Sketch of the medical history of the native army of Bombay, for the year
Year: 1870
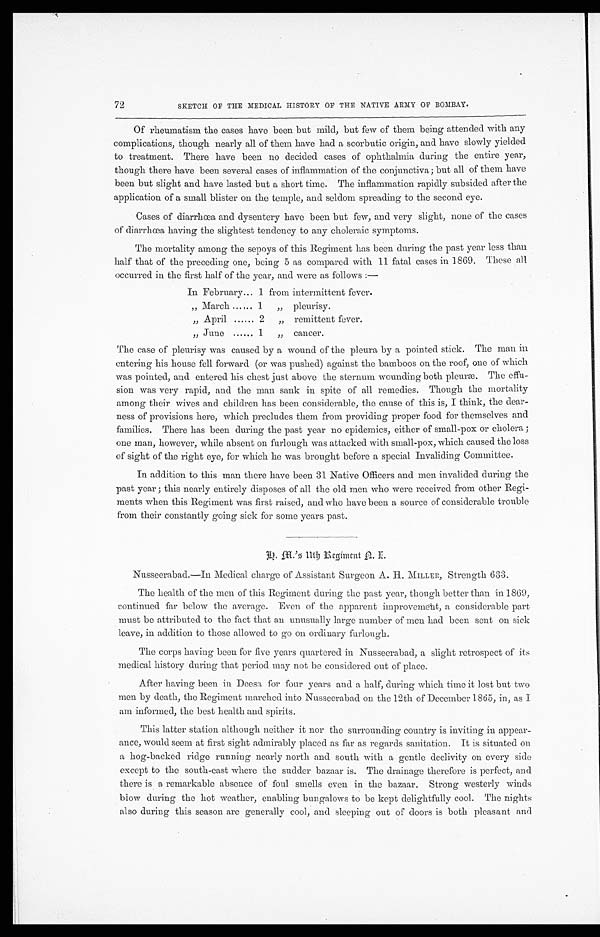
72
SKETCH OF THE MEDICAL HISTORY OP THE NATIVE ARMY OF BOMBAY.
Of rheumatism the cases have been but mild, but few of them being attended with any
complications, though nearly all of them have had a scorbutic origin, and have slowly yielded
to treatment. There have been no decided cases of ophthalmia during the entire year,
though there have been several cases of inflammation of the conjunctiva; but all of them have
been but slight and have lasted but a short time. The inflammation rapidly subsided after the
application of a small blister on the temple, and seldom spreading to the second eye.
Cases of diarrhœa and dysentery have been but few, and very slight, none of the cases
of diarrhœa having the slightest tendency to any choleraic symptoms.
The mortality among the sepoys of this Regiment has been during the past year less than
half that of the preceding one, being 5 as compared with 11 fatal cases in 1869. These all
occurred in the first half of the year, and were as follows :—
In February . . . 1 from intermittent fever.
" M a r c h . . . 1 " p l e u r i s y .
" A p r i l . . . 2 " r e mi t t e n t f e v e r .
" J u n e . . . 1 " c a n c e r .
The case of pleurisy was caused by a wound of the pleura by a pointed stick. The man in
entering his house fell forward (or was pushed) against the bamboos on the roof, one of which
was pointed, and entered his chest just above the sternum wounding both pleuræ. The effu
-sion was very rapid, and the man sank in spite of all remedies. Though the mortality
among their wives and children has been considerable, the cause of this is, I think, the dear
-ness of provisions here, which precludes them from providing proper food for themselves and
families. There has been during the past year no epidemics, either of small-pox or cholera ;
one man, however, while absent on furlough was attacked with small-pox, which caused the loss
of sight of the right eye, for which he was brought before a special Invaliding Committee.
In addition to this man there have been 31 Native Officers and men invalided during the
past year ; this nearly entirely disposes of all the old men who were received from other Regi
-ments when this Regiment was first raised, and who have been a source of considerable trouble
from their constantly going sick for some years past.
Nusseerabad.—In Medical charge of Assistant Surgeon A. H. MILLER, Strength 633.
The health of the men of this Regiment during the past year, though better than in 1869,
continued far below the average. Even of the apparent improvement, a considerable part
must be attributed to the fact that an unusually large number of men had been sent on sick
leave, in addition to those allowed to go on ordinary furlough.
The corps having been for five years quartered in Nusseerabad, a slight retrospect of its
medical history during that period may not be considered out of place.
After having been in Deesa for four years and a half, during which time it lost but two
men by death, the Regiment marched into Nusseerabad on the 12th of December 1865, in, as I
am informed, the best health and spirits.
This latter station although neither it nor the surrounding country is inviting in appear
-ance, would seem at first sight admirably placed as far as regards sanitation. It is situated on
a hog-backed ridge running nearly north and south with a gentle declivity on every side
except to the south-east where the sudder bazaar is. The drainage therefore is perfect, and
there is a remarkable absence of foul smells even in the bazaar. Strong westerly winds
blow during the hot weather, enabling bungalows to be kept delightfully cool. The nights
also during this season are generally cool, and sleeping out of doors is both pleasant and